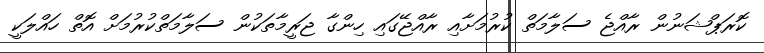
ކޮރަޕްޝަނުން ރާއްޖެ ސަލާމަތް ކުރުމަށާއި ރާއްޖޭގައި ހިންގާ ޖަރީމާތަކުން ސަލާމަތްކުރުމަށް އޮތް ހައްލަކީ